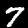
Label: 7